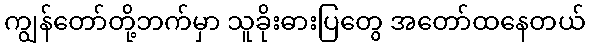
ကျွန်တော်တို့ဘက်မှာ သူခိုးဓားပြတွေ အတော်ထနေတယ်